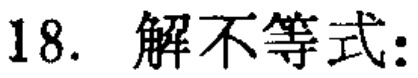
18. 解不等式: